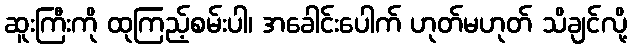
ဆူးကြီးကို ထုကြည့်စမ်းပါ၊ အခေါင်းပေါက် ဟုတ်မဟုတ် သိချင်လို့